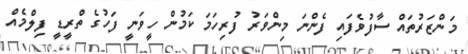
މަންޒަރުތައް ސާފުވެފައި ފެންނަ މިންވަރު ފުރިހަމަ ކަމުން ހީވަނީ ފަހުގެ ތްރީޑީ ފިލްމެއް